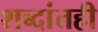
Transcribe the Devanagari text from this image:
शब्दांतही